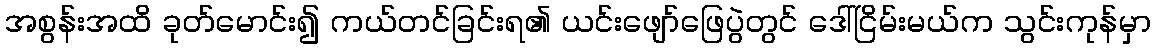
အစွန်းအထိ ခုတ်မောင်း၍ ကယ်တင်ခြင်းရ၏ ယင်းဖျော်ဖြေပွဲတွင် ဒေါ်ငြိမ်းမယ်က သွင်းကုန်မှာ